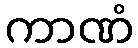
ကာဏံ